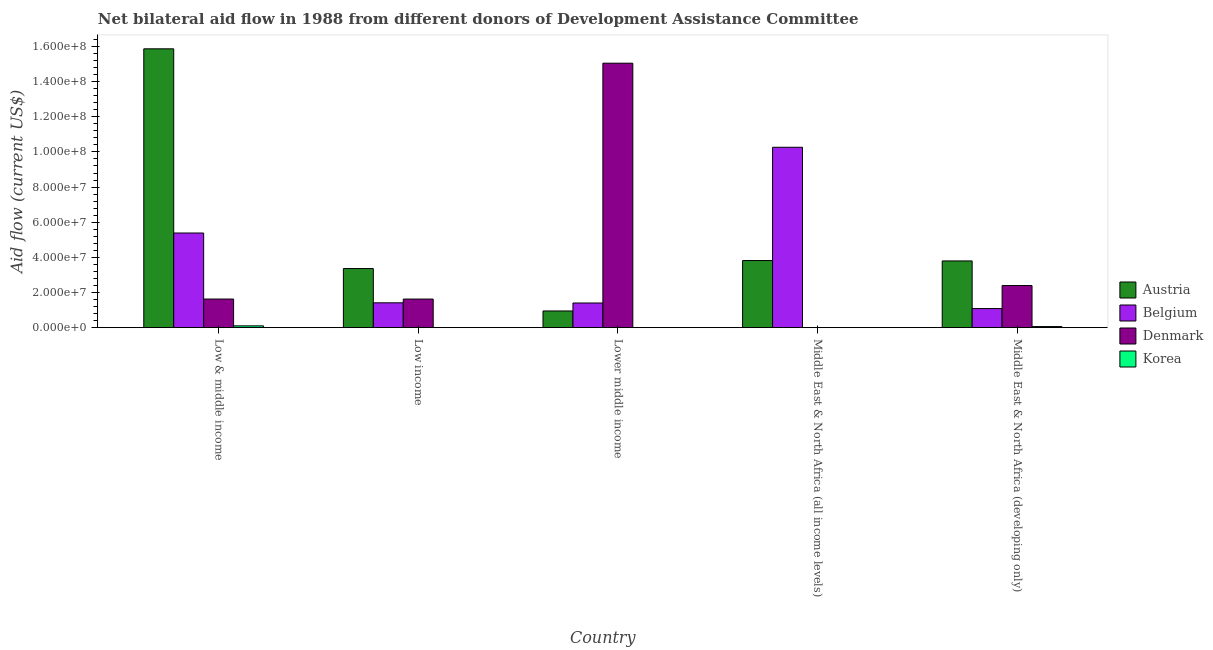
| Country | Austria | Belgium | Denmark | Korea |
 | --- | --- | --- | --- | --- |
 | Low & middle income | 1.59e+08 | 5.39e+07 | 1.63e+07 | 1.03e+06 |
 | Low income | 3.36e+07 | 1.41e+07 | 1.63e+07 | 3e+04 |
 | Lower middle income | 9.5e+06 | 1.4e+07 | 1.5e+08 | 3e+04 |
 | Middle East & North Africa (all income levels) | 3.82e+07 | 1.03e+08 | -1e+05 | 3e+04 |
 | Middle East & North Africa (developing only) | 3.8e+07 | 1.09e+07 | 2.4e+07 | 6.2e+05 |